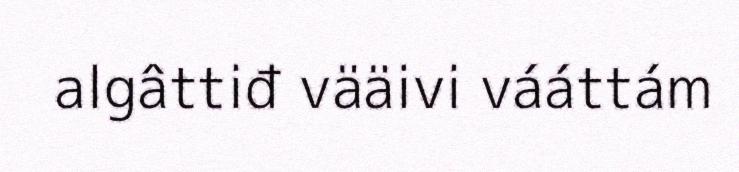
algâttiđ vääivi vááttám